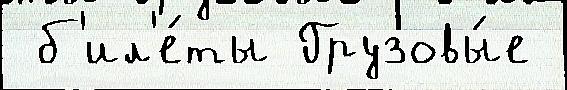
 б'ил'е́ты Грузовы́е